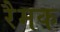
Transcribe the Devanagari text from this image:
रैमक